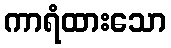
ကာရံထားသော